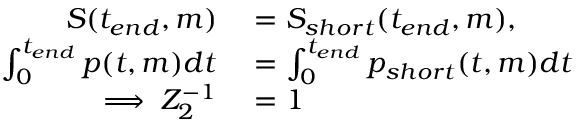
\begin{array} { r l } { S ( t _ { e n d } , m ) } & { { } = S _ { s h o r t } ( t _ { e n d } , m ) , } \\ { \int _ { 0 } ^ { t _ { e n d } } p ( t , m ) d t } & { { } = \int _ { 0 } ^ { t _ { e n d } } p _ { s h o r t } ( t , m ) d t } \\ { \implies Z _ { 2 } ^ { - 1 } } & { { } = 1 } \end{array}